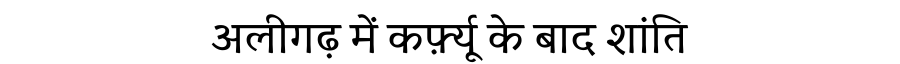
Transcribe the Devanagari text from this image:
अलीगढ़ में कर्फ़्यू के बाद शांति